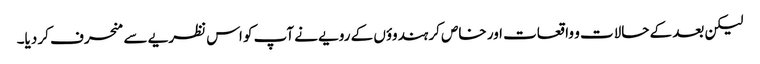
لیکن بعد کے حالات و واقعات اور خاص کر ہندوؤں کے رویے نے آپ کو اس نظریے سے منحرف کر دیا۔